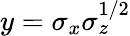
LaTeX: y=\sigma_{x}\sigma_{z}^{1/2}